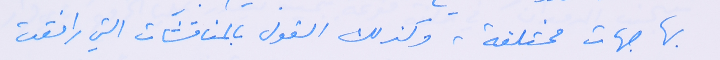
بها جهات مختلفة وكذلك القول بالمناقشات التي رافقت